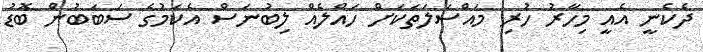
ދެކެނީ އެއީ މިހާރު ހުރި މައްސަލަތަކަށް ހައްލެއް ލިބުނަސް އެކަމުގެ ސަބަބުން ބޮޑު